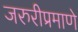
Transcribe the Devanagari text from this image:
जरुरीप्रमाणे